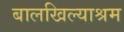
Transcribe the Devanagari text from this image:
बालखिल्याश्रम